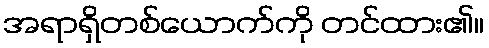
အရာရှိတစ်ယောက်ကို တင်ထား၏။